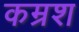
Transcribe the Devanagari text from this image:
कम्रश